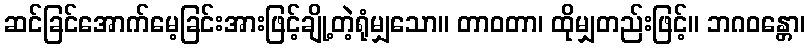
ဆင်ခြင်အောက်မေ့ခြင်းအားဖြင့်ချို့တဲ့ရုံမျှသော။ တာဝတာ၊ ထိုမျှတည်းဖြင့်။ ဘဂဝန္တော၊